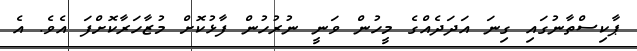
ޕާކިސްތާނުގައި ގިނަ އަދަދެއްގެ މީހުން ވަނީ ނުރުހުން ފާޅުކޮށް މުޒާހަރާކޮށްފަ އެވެ. އެ